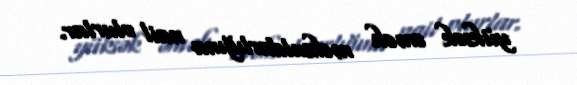
yüksək əmək məhsuldarlığına nail olurlar.